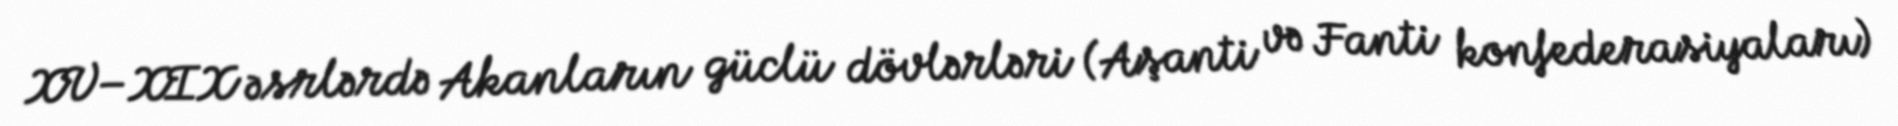
XV–XIX əsrlərdə Akanların güclü dövlərləri (Aşanti və Fanti konfederasiyaları)